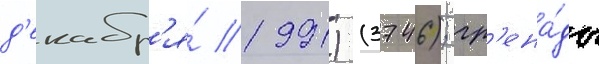
д'екабр'я́ 1991) (3746); гр'ена́ды